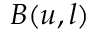
B ( u , l )